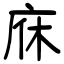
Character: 庥